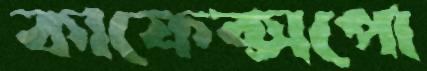
কাফেক্সপো